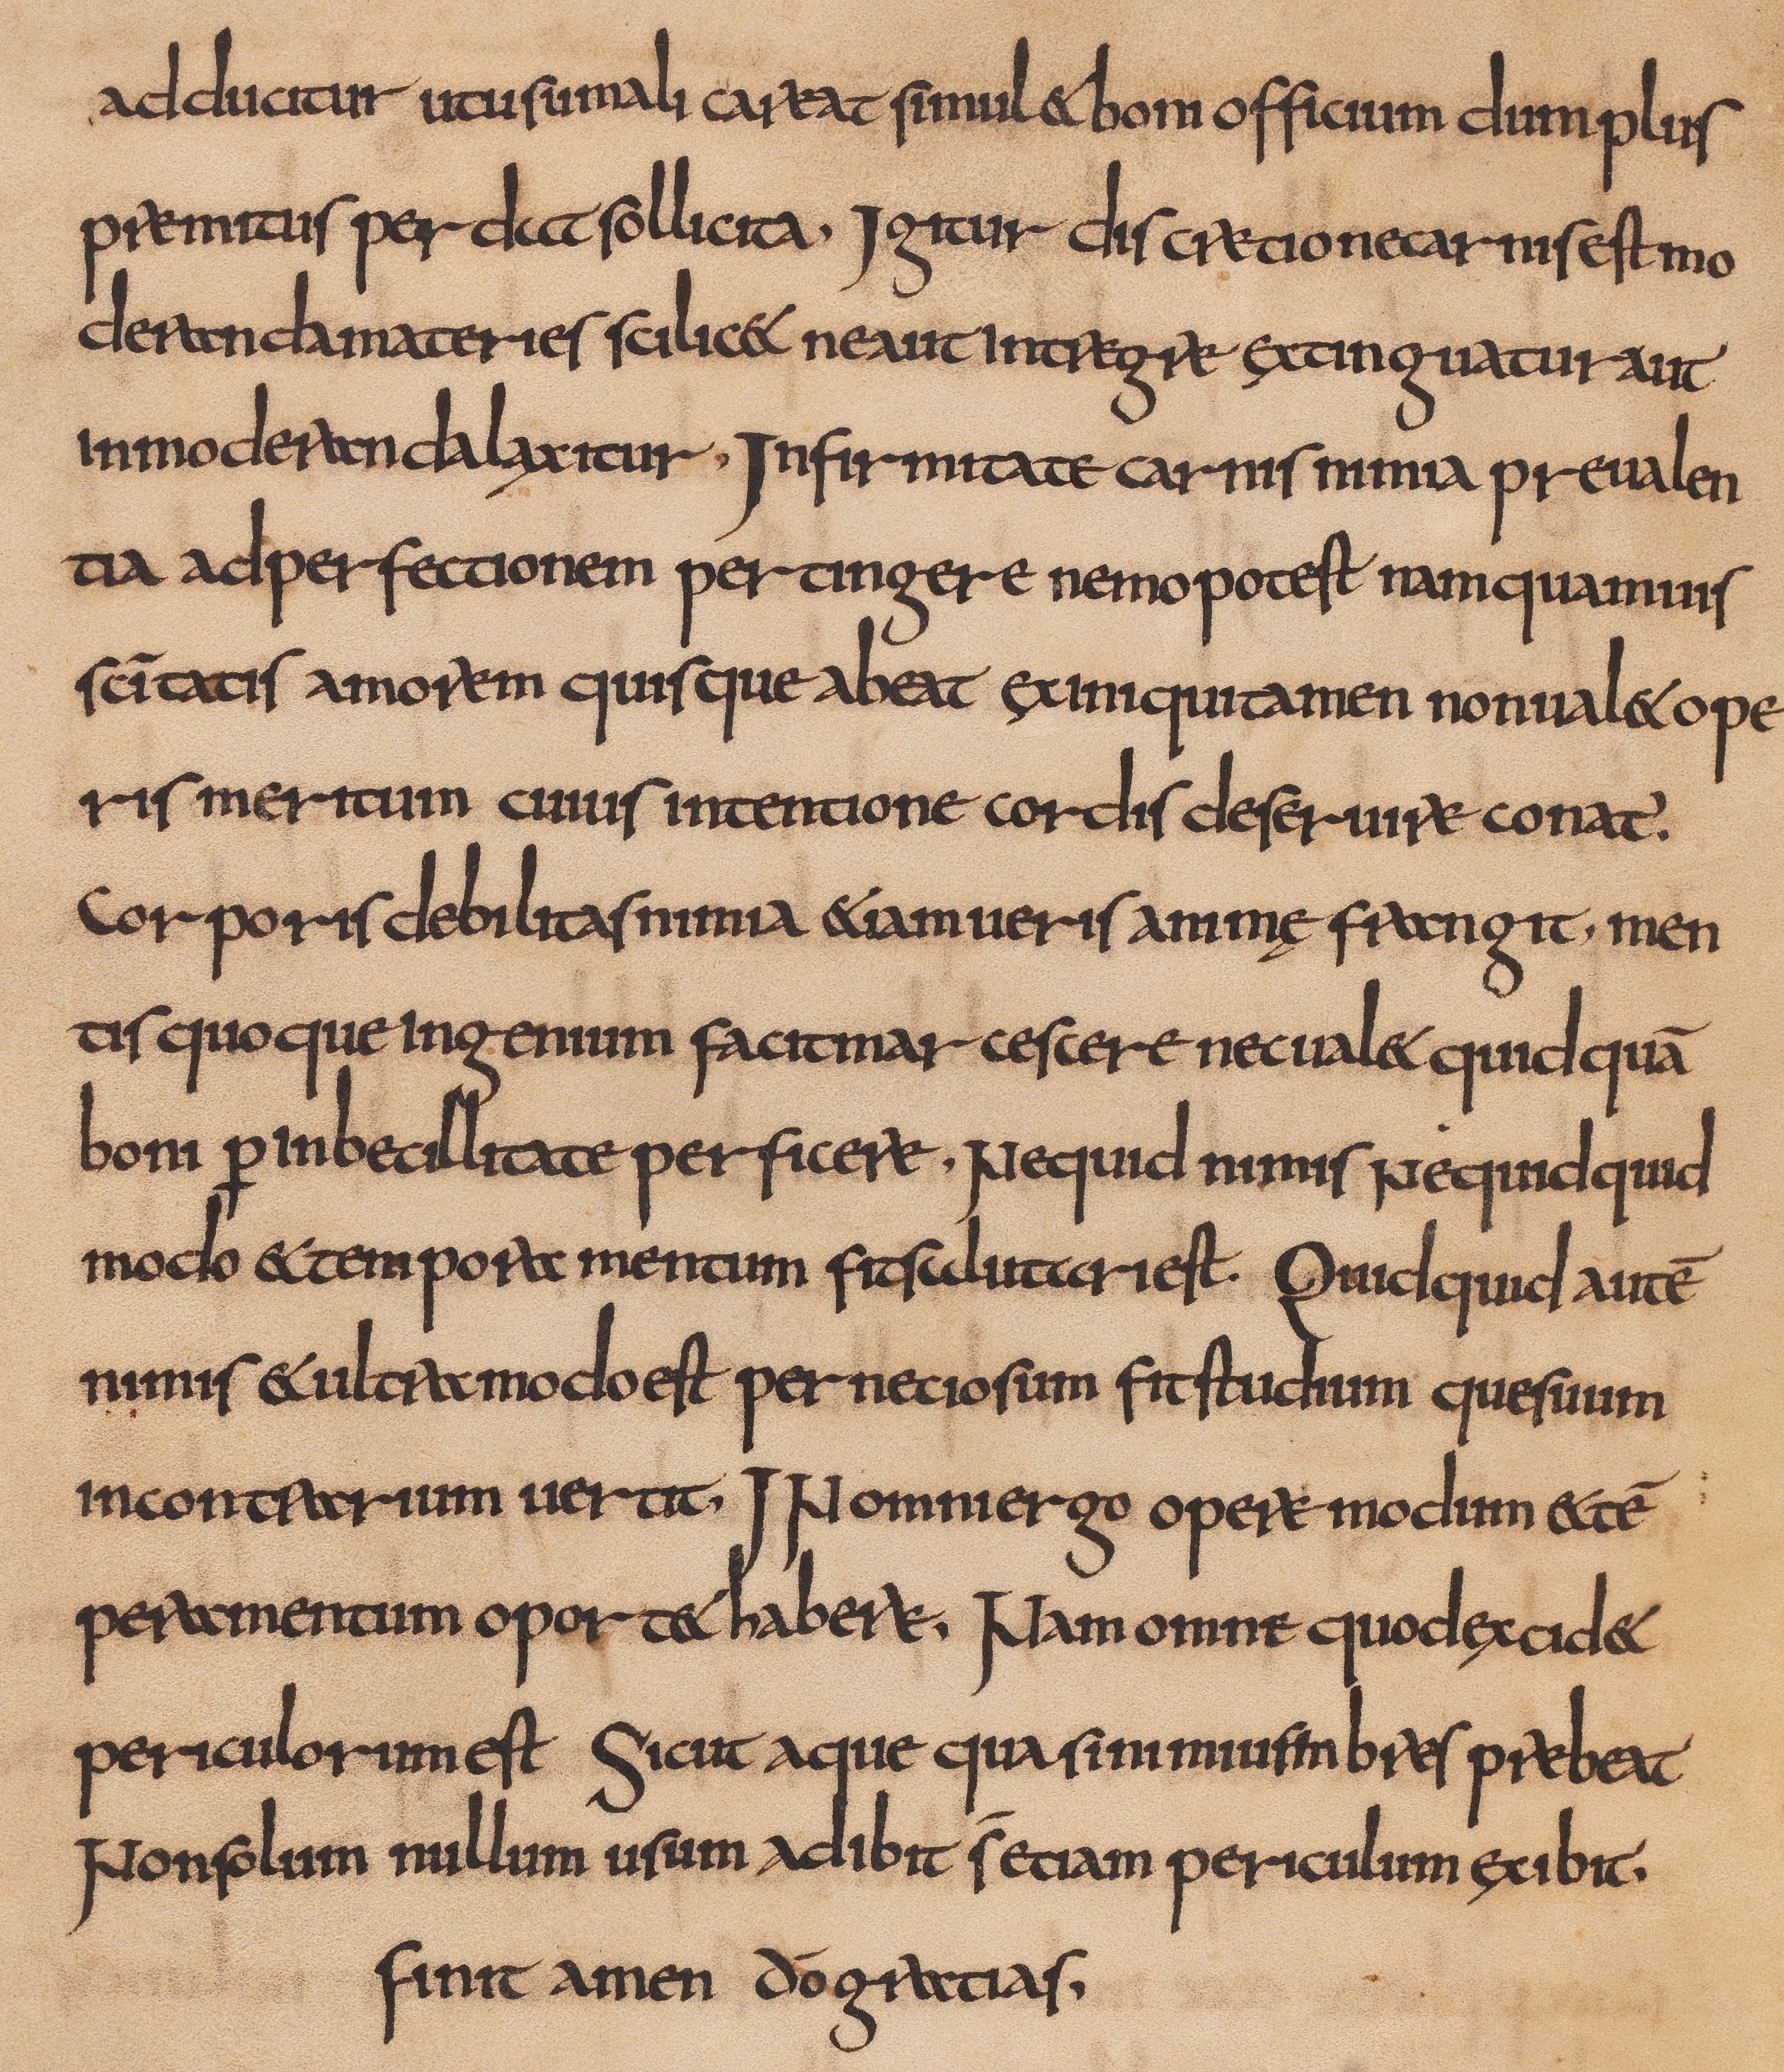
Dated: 800–832